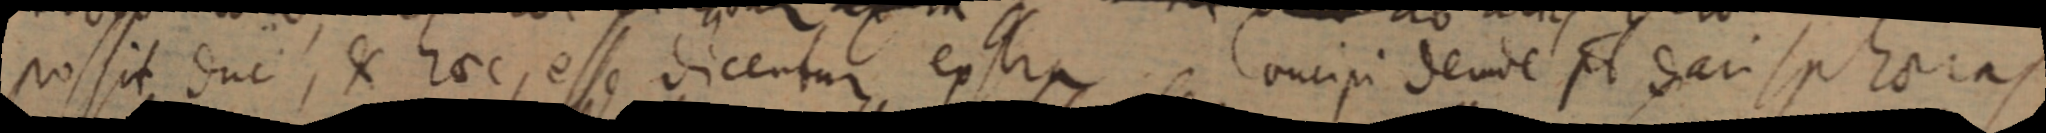
possit duc, X haec, esse dicentur extra, Concipi dende pl dari spheria